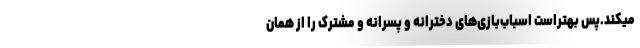
میکند.پس بهتراست اسباب‌بازی‌های دخترانه و پسرانه و مشترک را از همان